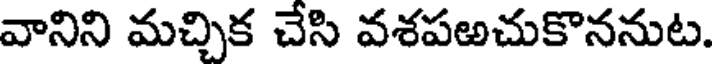
వానిని మచ్చిక చేసి వశపఱచుకొననుట.